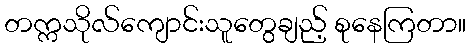
တက္ကသိုလ်ကျောင်းသူတွေချည့် စုနေကြတာ။